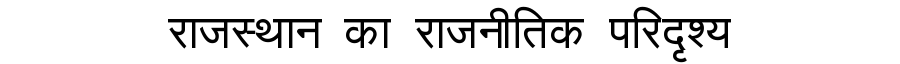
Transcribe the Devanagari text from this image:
राजस्थान का राजनीतिक परिदृश्य